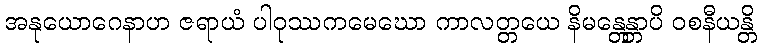
အနုယောဂေနာဟ ဇရာယံ ပါဝုဿကမေဃော ကာလတ္တယေ နိမန္တေန္တာပိ ဝစနီယန္တိ